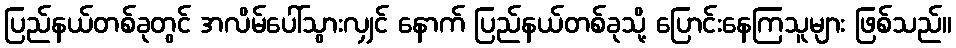
ပြည်နယ်တစ်ခုတွင် အလိမ်ပေါ်သွားလျှင် နောက် ပြည်နယ်တစ်ခုသို့ ပြောင်းနေကြသူများ ဖြစ်သည်။